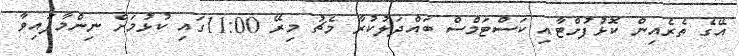
އޭގެ ތެރެއިން ކޮޅުފުށްޓާއި ކަސްޓަމްސް ބައްދަލުކުރާ މެޗު މިރޭ 11:00ގައި ކުޅުމަށް ނިންމާފައިވާ